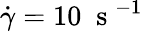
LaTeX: \dot{\gamma}=10\; \mathrm{~s~}^{-1}